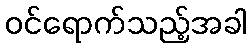
ဝင်ရောက်သည့်အခါ